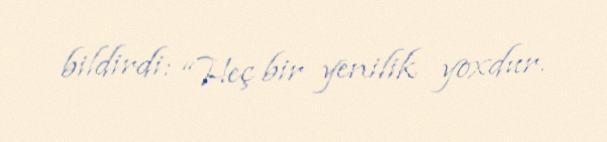
bildirdi: “Heç bir yenilik yoxdur.